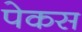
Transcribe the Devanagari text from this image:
पेकस